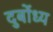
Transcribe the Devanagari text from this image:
दुर्बोंध्य